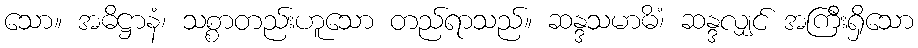
သော။ အဓိဋ္ဌာနံ၊ သစ္စာတည်းဟူသော တည်ရာသည်။ ဆန္ဒသမာဓိံ၊ ဆန္ဒလျှင် အကြီးရှိသော